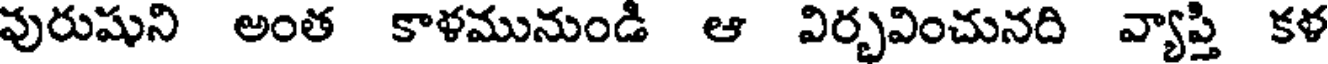
వురుషుని అంత కాళమునుండి ఆ విర్భవించునది వ్యాప్తి కళ